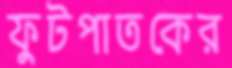
ফুটপাতকের